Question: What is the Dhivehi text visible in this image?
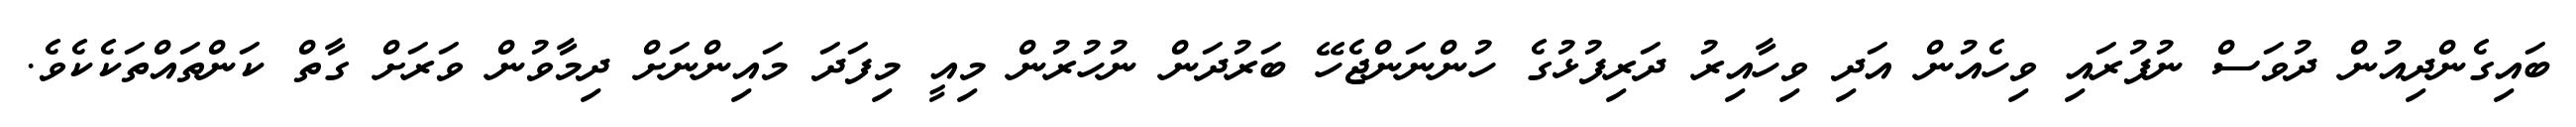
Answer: ބައިގެންދިއުން ދުވަސް ނުފުރައި ވިހެއުން އަދި ވިހާއިރު ދަރިފުޅުގެ ހުންނަންޖެހޭ ބަރުދަން ނުހުރުން މިއީ މިފަދަ މައިންނަށް ދިމާވުން ވަރަށް ގާތް ކަންތައްތަކެކެވެ.